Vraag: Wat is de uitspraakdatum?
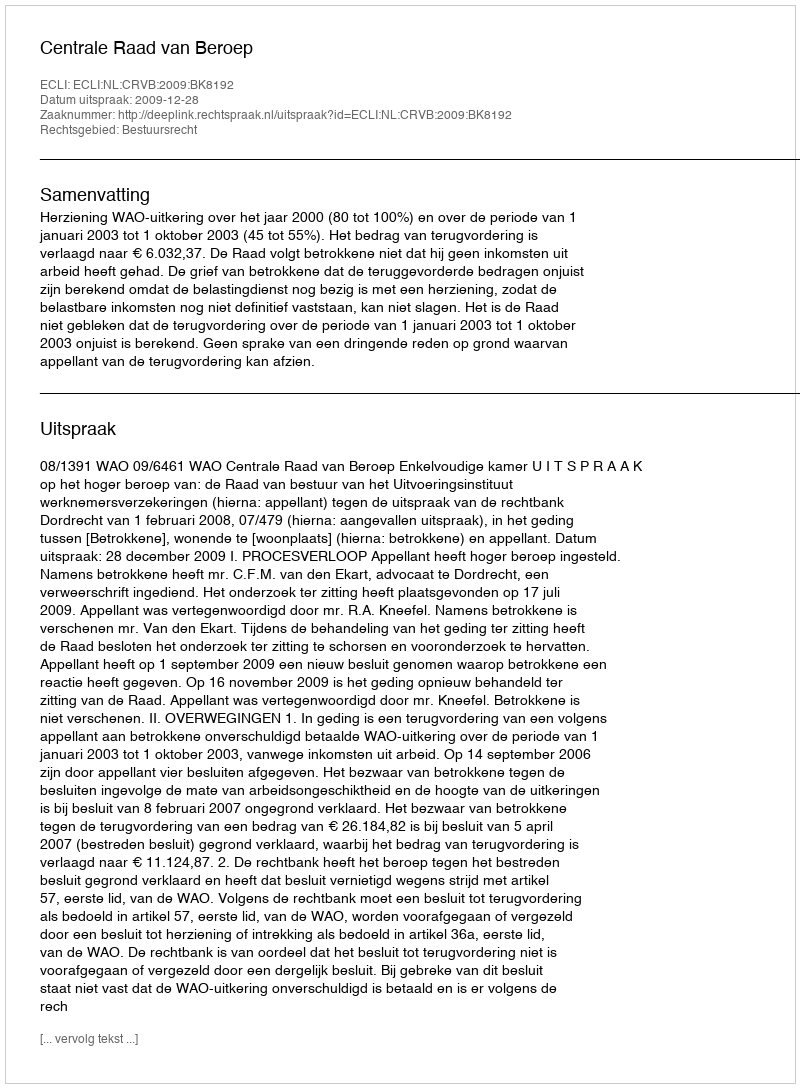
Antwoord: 2009-12-28